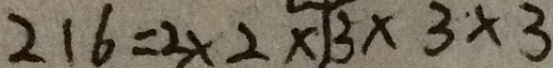
2 1 6 = 2 \times 2 \times 1 3 \times 3 \times 3